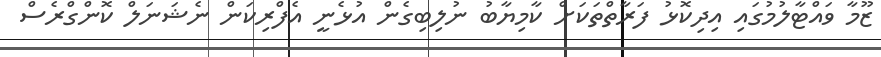
ޒޫމާ ވައްޓާލުމުގައި އިދިކޮޅު ފަރާތްތަކަށް ކާމިޔާބު ނުލިބިގެން އުޅެނީ އެފްރިކަން ނެޝަނަލް ކޮންގްރެސް